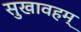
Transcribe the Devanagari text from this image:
सुखावहम्